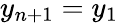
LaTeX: y_{n+1}=y_{1}